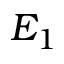
E _ { 1 }